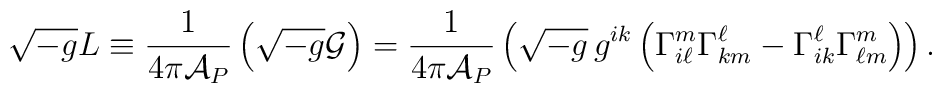
\sqrt{-g}L  \equiv {1\over 4\pi {\cal A}_P} \left( \sqrt{-g}{\cal G}\right) =  {1\over 4\pi {\cal A}_P} \left(\sqrt{-g} \, g^{ik} \left(\Gamma^m_{i\ell}\Gamma^\ell_{km} -\Gamma^\ell_{ik} \Gamma^m_{\ell m}\right)\right).